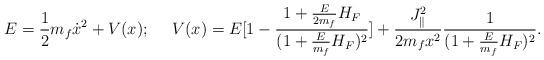
LaTeX: \begin{align*}E={1\over 2}m_f\dot{x}^2+V(x);\ \ \ \ V(x)=E[1-{{1+{E\over{2m_f}}H_F}\over{(1+{E\over{m_f}}H_F)^2}}]+{{J^2_{\parallel}}\over{2m_fx^2}}{1\over{(1+{E\over {m_f}}H_F)^2}}.\end{align*}